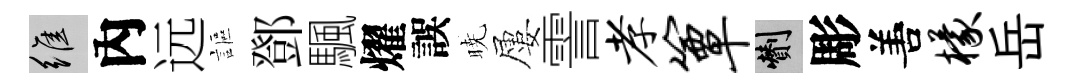
維內远謳鄧颿燿誤暁屢霅孝簟剪彫𠵊檬岳